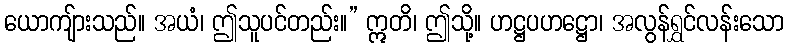
ယောကျ်ားသည်။ အယံ၊ ဤသူပင်တည်း။” ဣတိ၊ ဤသို့။ ဟဋ္ဌပဟဋ္ဌော၊ အလွန်ရွှင်လန်းသော